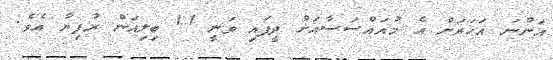
އަންނަ އަހަރަށް އެ މުއައްސަސާއަށް ދީފައި ވަނީ 1.1 ބިލިއަން ރުފިޔާ އެވެ.